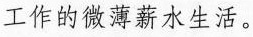
工作的微薄薪水生活。